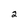
Character: 2